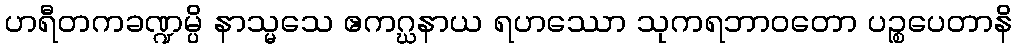
ဟရီတကခဏ္ဍမ္ပိ နာသ္မသေ ဧကဂ္ဃနာယ ရဟဿော သုကရဘာဝတော ပဉ္စပေတာနိ